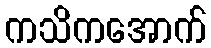
ကသိကအောက်